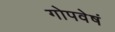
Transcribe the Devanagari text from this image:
गोपवेषं